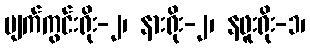
မျက်ကွင်းရိုး-၂၊ နားရိုး-၂၊ နဖူးရိုး-၁၊